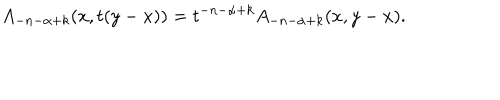
LaTeX: A _ { - n - \alpha + k } ( x , t ( y - x ) ) = t ^ { - n - \alpha + k } A _ { - n - \alpha + k } ( x , y - x ) .